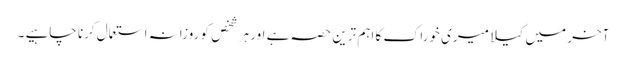
آخر میں کیلا میری خوراک کا اہم ترین حصہ ہے اور ہر شخص کو روزانہ استعمال کرنا چاہیے ۔